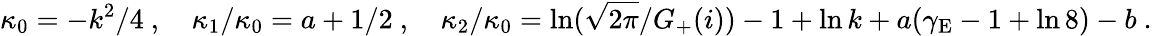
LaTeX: \kappa_{0}=-k^{2}/4\ ,\quad\kappa_{1}/\kappa_{0}=a+1/2\ ,\quad{\kappa_{2}/\kappa_{0}=\ln(\sqrt{2\pi}/G_{+}(i))-1}+\ln k+a(\gamma_{\mathrm{E}}-1+\ln 8)-b\ .